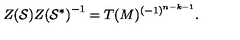
{ Z ( { \cal S } ) } { Z ( { \cal S } ^ { * } ) } ^ { - 1 } = T ( M ) ^ { ( - 1 ) ^ { n - k - 1 } } .